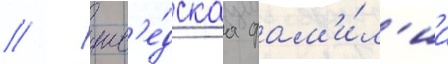
// - шв'е́дскаа фам'и́л'иа